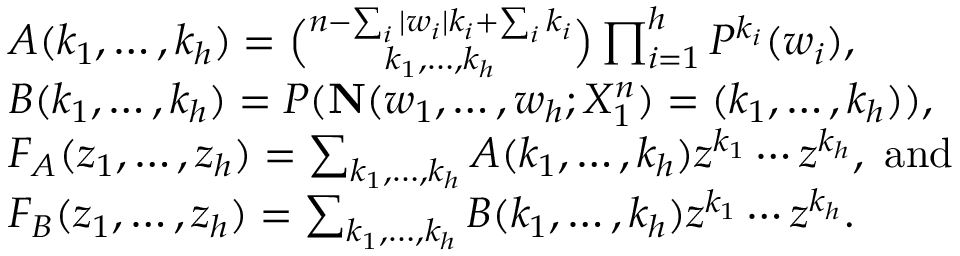
\begin{array} { r l } & { A ( k _ { 1 } , \ldots , k _ { h } ) = \binom { n - \sum _ { i } | w _ { i } | k _ { i } + \sum _ { i } k _ { i } } { k _ { 1 } , \ldots , k _ { h } } \prod _ { i = 1 } ^ { h } P ^ { k _ { i } } ( w _ { i } ) , } \\ & { B ( k _ { 1 } , \ldots , k _ { h } ) = P ( { \mathbf { N } } ( w _ { 1 } , \ldots , w _ { h } ; X _ { 1 } ^ { n } ) = ( k _ { 1 } , \ldots , k _ { h } ) ) , } \\ & { F _ { A } ( z _ { 1 } , \ldots , z _ { h } ) = \sum _ { k _ { 1 } , \ldots , k _ { h } } A ( k _ { 1 } , \ldots , k _ { h } ) z ^ { k _ { 1 } } \cdots z ^ { k _ { h } } , \mathrm { ~ a n d } } \\ & { F _ { B } ( z _ { 1 } , \ldots , z _ { h } ) = \sum _ { k _ { 1 } , \ldots , k _ { h } } B ( k _ { 1 } , \ldots , k _ { h } ) z ^ { k _ { 1 } } \cdots z ^ { k _ { h } } . } \end{array}